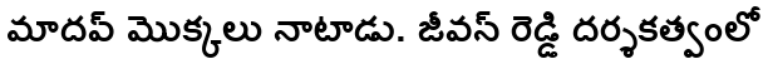
మాదవ్ మొక్కలు నాటాడు. జీవన్ రెడ్డి దర్శకత్వంలో